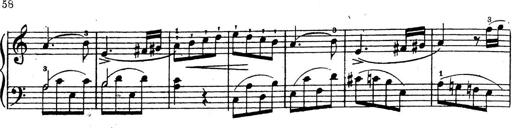
Title: 10 Sonatinas
Composer: Fritz Spindler